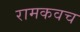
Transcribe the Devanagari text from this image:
रामकवच